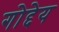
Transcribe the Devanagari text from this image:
गोद्देय